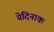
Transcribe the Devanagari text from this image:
येदिनाक